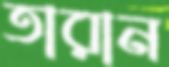
তারান